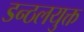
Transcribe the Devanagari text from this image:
डन्ठलयुक्त